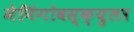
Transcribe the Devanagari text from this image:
मेनिंगोवस्क्युलर